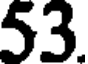
53